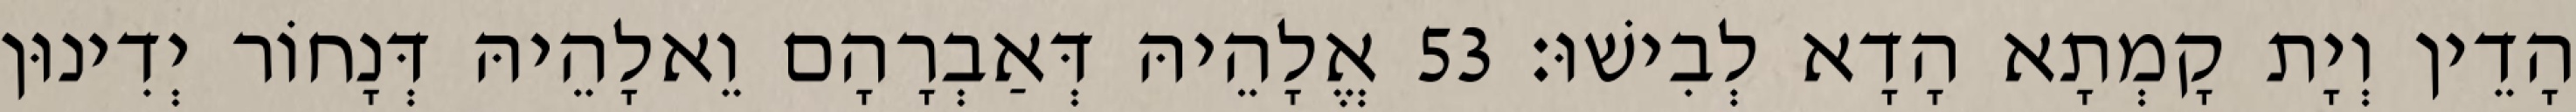
הָדֵין וְיָת קָמְתָא הָדָא לְבִישׁוּ׃ 53 אֱלָהֵיהּ דְּאַבְרָהָם וֵאלָהֵיהּ דְּנָחוֹר יְדִינוּן